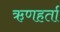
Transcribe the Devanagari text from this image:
ऋणहर्ता